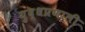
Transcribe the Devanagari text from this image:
युद्धप्रणाली